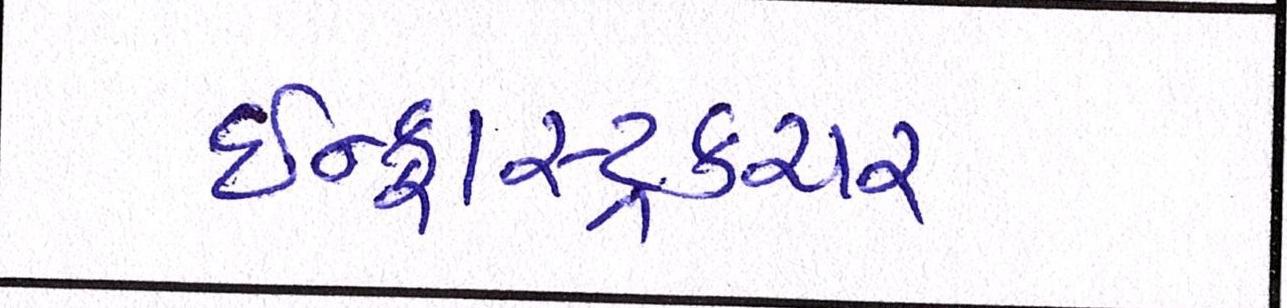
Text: ઇન્ફ્રાસ્ટ્રકચર